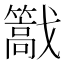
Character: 𢨠